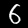
Digit: 6